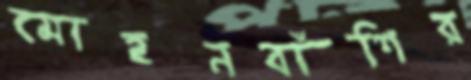
মোহনবাঁশির